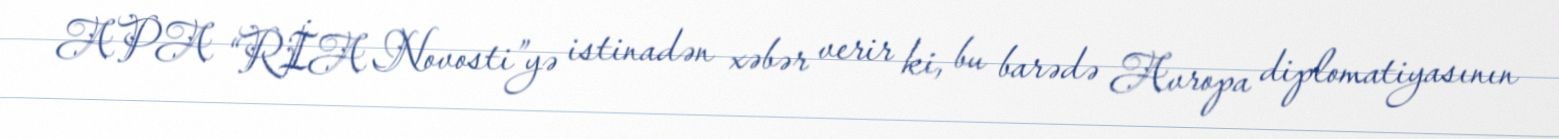
APA “RİA Novosti”yə istinadən xəbər verir ki, bu barədə Avropa diplomatiyasının